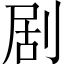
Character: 剧